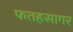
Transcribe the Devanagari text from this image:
फतहसागर